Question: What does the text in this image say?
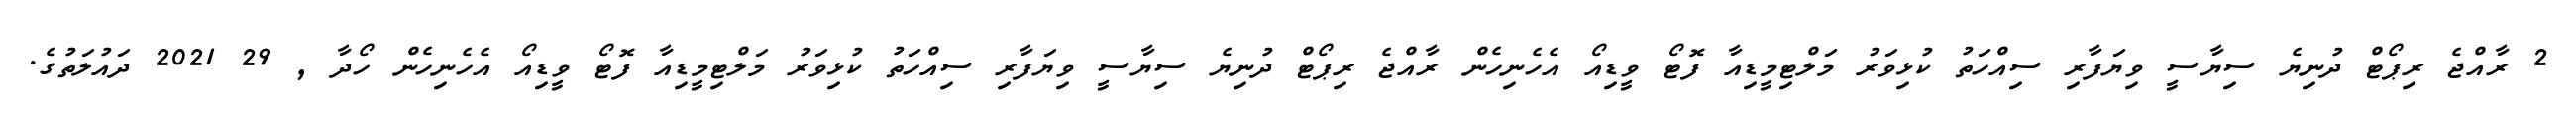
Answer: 2 ރާއްޖެ ރިޕޯޓް ދުނިޔެ ސިޔާސީ ވިޔަފާރި ސިއްހަތު ކުޅިވަރު މަލްޓިމީޑިއާ ފޮޓޯ ވީޑިއޯ އެހެނިހެން ރާއްޖެ ރިޕޯޓް ދުނިޔެ ސިޔާސީ ވިޔަފާރި ސިއްހަތު ކުޅިވަރު މަލްޓިމީޑިއާ ފޮޓޯ ވީޑިއޯ އެހެނިހެން ހޯދާ , 29 2021 ދައުލަތުގެ.